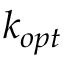
k _ { o p t }